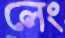
লেং